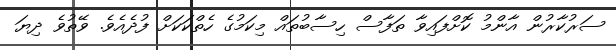
ސަރުކާރުން އާންމު ކޮށްފައިވާ ތަފާސް ހިސާބުތައް މިކަމުގެ ހެތްކަކަށް ފުދެއެވެ. ވޭތުވެ ދިޔަ